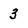
Character: 3